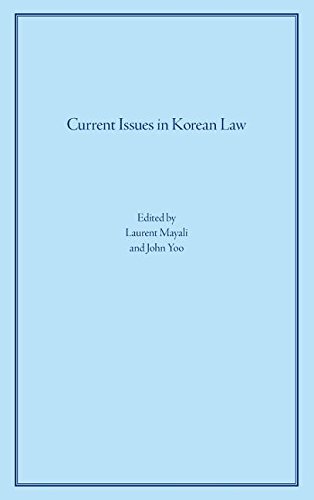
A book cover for Current Issues in Korean Law; Law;